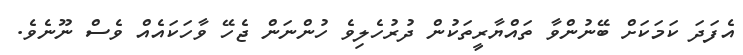
އެފަދަ ކަމަކަށް ބޭނުންވާ ތައްޔާރީތަކުން ދުރުހެލިވެ ހުންނަން ޖެހޭ ވާހަކައެއް ވެސް ނޫނެވެ.